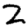
Digit: 2